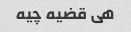
هی قضیه چیه